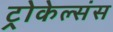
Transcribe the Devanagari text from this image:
ट्रोकेल्संस